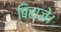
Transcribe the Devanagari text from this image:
बिराजे।